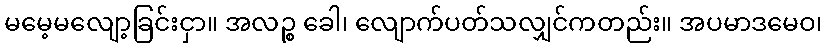
မမေ့မလျော့ခြင်းငှာ။ အလဉ္စ ခေါ၊ လျောက်ပတ်သလျှင်ကတည်း။ အပမာဒမေဝ၊